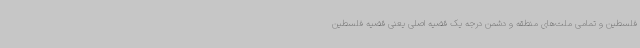
فلسطین و تمامی ملت‌های منطقه و دشمن درجه یک قضیه اصلی یعنی قضیه فلسطین